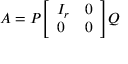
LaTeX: A = P { \left[ \begin{array} { l l } { I _ { r } } & { 0 } \\ { 0 } & { 0 } \end{array} \right] } Q